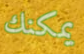
يمكنك